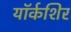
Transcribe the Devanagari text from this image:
यॉर्कशिर